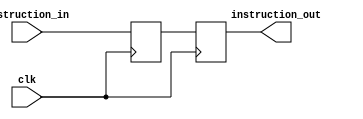

module registro_if_id (clk,
    instruction_in,
    instruction_out
    );

input clk;
input [31:0] instruction_in;
output reg [31:0] instruction_out;


reg [31:0] instruction;


always @(posedge clk)
begin
    instruction <= instruction_in;
end

always @(negedge clk)
begin
    instruction_out <= instruction;
end

endmodule